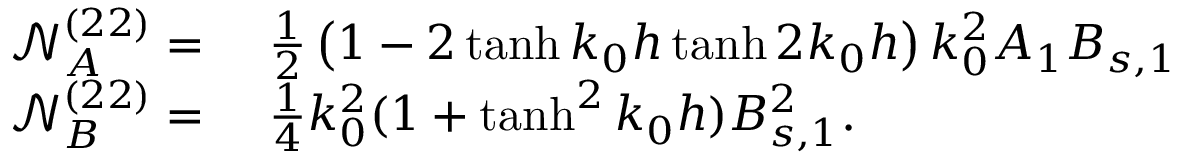
\begin{array} { r l } { \mathcal { N } _ { A } ^ { ( 2 2 ) } = ~ } & { \frac { 1 } { 2 } \left( 1 - 2 \operatorname { t a n h } k _ { 0 } h \operatorname { t a n h } 2 k _ { 0 } h \right) k _ { 0 } ^ { 2 } A _ { 1 } B _ { s , 1 } } \\ { \mathcal { N } _ { B } ^ { ( 2 2 ) } = ~ } & { \frac { 1 } { 4 } k _ { 0 } ^ { 2 } ( 1 + \operatorname { t a n h } ^ { 2 } k _ { 0 } h ) B _ { s , 1 } ^ { 2 } . } \end{array}